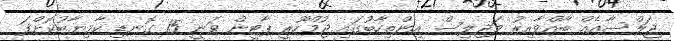
ޖަލްސާއެއް ބާއްވާއިރު މަޖިލިސް އިންތިހާބުގައި ޖުމްހޫރީ ޕާޓީން ވަނީ 15 ގޮނޑި ކާމިޔާބުކޮށްފަ